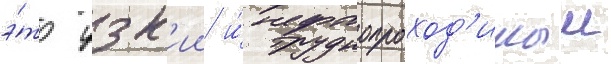
э́то узк'ии и́ труднопроход'имыи